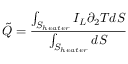
\tilde { Q } = \frac { \int _ { S _ { h e a t e r } } I _ { L } \partial _ { 2 } T d S } { \int _ { S _ { h e a t e r } } d S }